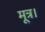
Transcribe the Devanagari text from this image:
मूत्र।